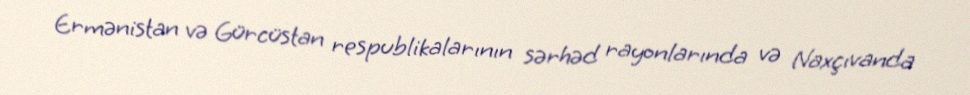
Ermənistan və Gürcüstan respublikalarının sərhəd rayonlarında və Naxçıvanda